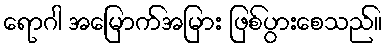
ရောဂါ အမြောက်အမြား ဖြစ်ပွားစေသည်။